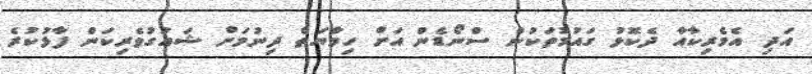
އަދި އެމެރިކާއާ ދެކޮޅު ގައުމުތަކުން ސްނޯޑެން އަށް ހިމާޔަތް ދިނުމަށް ޝައުގުވެރިކަން ފާޅުކުރެ